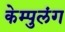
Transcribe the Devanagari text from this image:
केम्पुलंग